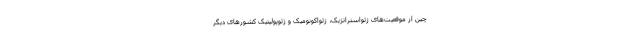
چین از موقعیت‌های ژئواستراتژیک، ژئواکونومیک و ژئوپولیتیک کشورهای دیگر